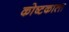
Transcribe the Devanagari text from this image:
कोष्टकाला